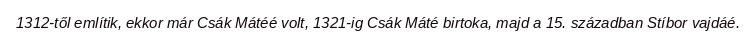
1312-től említik, ekkor már Csák Mátéé volt, 1321-ig Csák Máté birtoka, majd a 15. században Stíbor vajdáé.